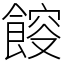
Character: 𩜯